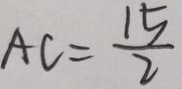
A C = \frac { 1 5 } { 2 }